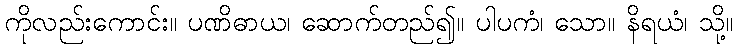
ကိုလည်းကောင်း။ ပဏိဓာယ၊ ဆောက်တည်၍။ ပါပကံ၊ သော။ နိရယံ၊ သို့။